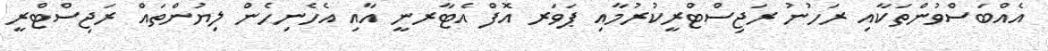
އެއްބަސްވުންތަކާއި ރަހުނު ރަޖިސްޓްރީކުރުމާއި ޕަވަރ އޮފް އެޓާރނީ އާއި އެހެނިހެން ލިޔުންތައް ރަޖިސްޓްރީ